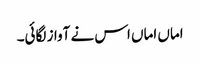
اماں اماں اس نے آواز لگائی۔